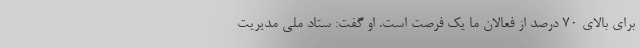
برای بالای ۷۰ درصد از فعالان ما یک فرصت است. او گفت:‌ ستاد ملی مدیریت